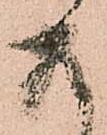
存